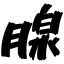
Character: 腺